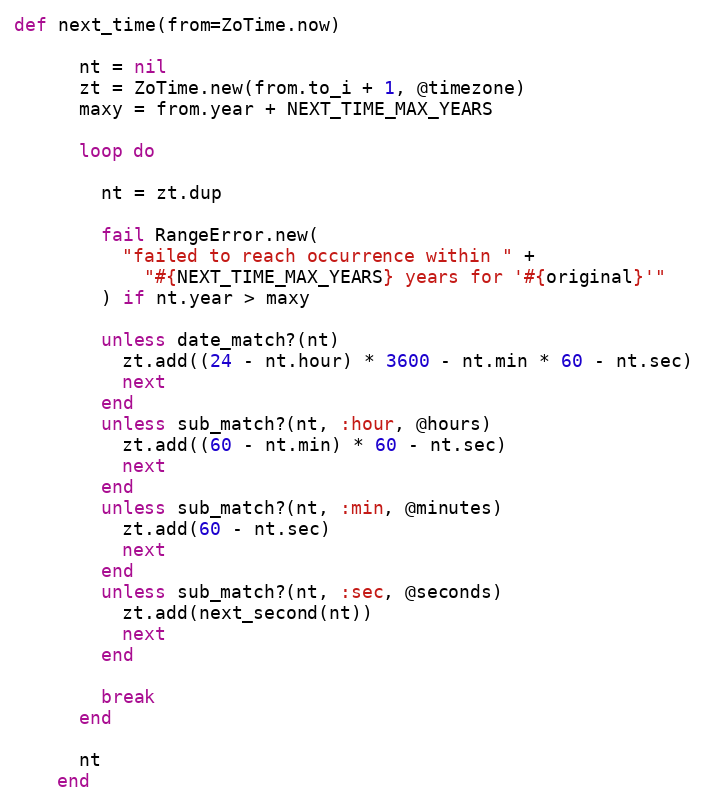
Language: Ruby
def next_time(from=ZoTime.now)

      nt = nil
      zt = ZoTime.new(from.to_i + 1, @timezone)
      maxy = from.year + NEXT_TIME_MAX_YEARS

      loop do

        nt = zt.dup

        fail RangeError.new(
          "failed to reach occurrence within " +
            "#{NEXT_TIME_MAX_YEARS} years for '#{original}'"
        ) if nt.year > maxy

        unless date_match?(nt)
          zt.add((24 - nt.hour) * 3600 - nt.min * 60 - nt.sec)
          next
        end
        unless sub_match?(nt, :hour, @hours)
          zt.add((60 - nt.min) * 60 - nt.sec)
          next
        end
        unless sub_match?(nt, :min, @minutes)
          zt.add(60 - nt.sec)
          next
        end
        unless sub_match?(nt, :sec, @seconds)
          zt.add(next_second(nt))
          next
        end

        break
      end

      nt
    end